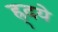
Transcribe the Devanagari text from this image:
ह्र्दये